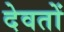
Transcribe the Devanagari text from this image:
देवतों